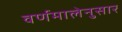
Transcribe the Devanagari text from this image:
वर्णमालेनुसार